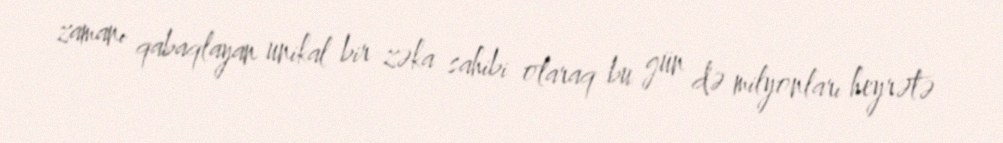
zamanı qabaqlayan unikal bir zəka sahibi olaraq bu gün də milyonları heyrətə